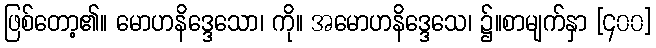
ဖြစ်တော့၏။ မောဟနိဒ္ဒေသော၊ ကို။ အမောဟနိဒ္ဒေသေ၊ ၌။စာမျက်နှာ [၄၀၀]